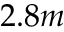
2 . 8 m